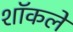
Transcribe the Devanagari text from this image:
शॉकले